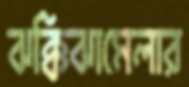
ঝক্কিঝামেলার